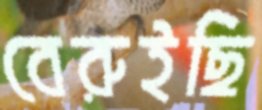
বেরুইছি